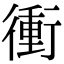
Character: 衝